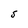
Character: S